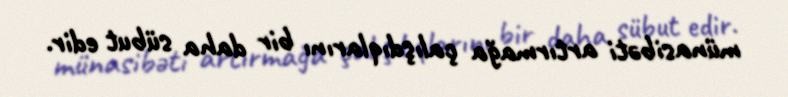
münasibəti artırmağa çalışdıqlarını bir daha sübut edir.